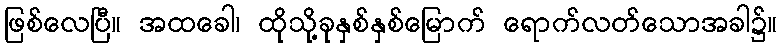
ဖြစ်လေပြီ။ အထခေါ၊ ထိုသို့ခုနှစ်နှစ်မြောက် ရောက်လတ်သောအခါ၌။